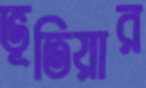
ভূতিয়ার